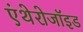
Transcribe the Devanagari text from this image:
एंथेरोजॉइड